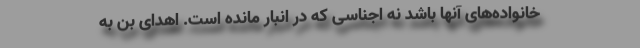
خانواده‌های آنها باشد نه اجناسی که در انبار مانده است. اهدای بن به